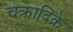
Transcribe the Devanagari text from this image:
चक्रादिके